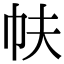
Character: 㠸